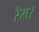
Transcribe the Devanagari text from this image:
रेस।